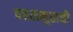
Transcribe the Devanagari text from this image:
वत्तसमुहाची